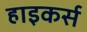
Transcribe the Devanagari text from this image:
हाइकर्स